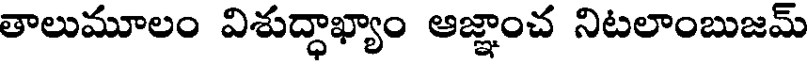
తాలుమూలం విశుద్ధాఖ్యాం ఆజ్ఞాంచ నిటలాంబుజమ్